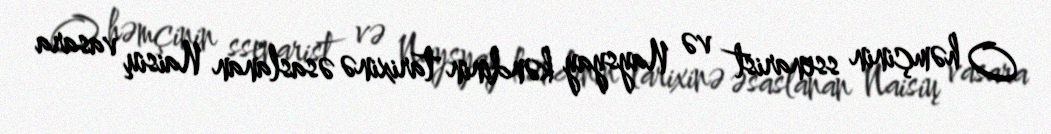
O həmçinin ssenarist və Naysyay kəndinin tarixinə əsaslanan Naisių vasara